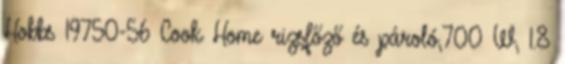
Hobbs 19750-56 Cook Home rizsfőző és pároló,700 W, 1.8